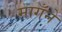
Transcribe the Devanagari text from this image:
मागँने